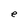
Character: e